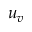
u _ { v }